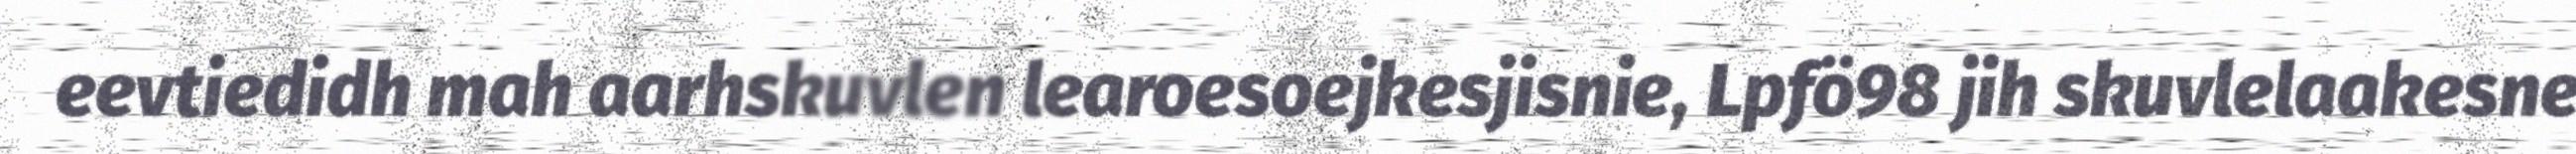
eevtiedidh mah aarhskuvlen learoesoejkesjisnie, Lpfö98 jih skuvlelaakesne